Causation and prevention of malarial fevers: a statement of the results of researches drawn up for the use of assistant surgeons, hospital assistants and students
Disease focus: Malaria
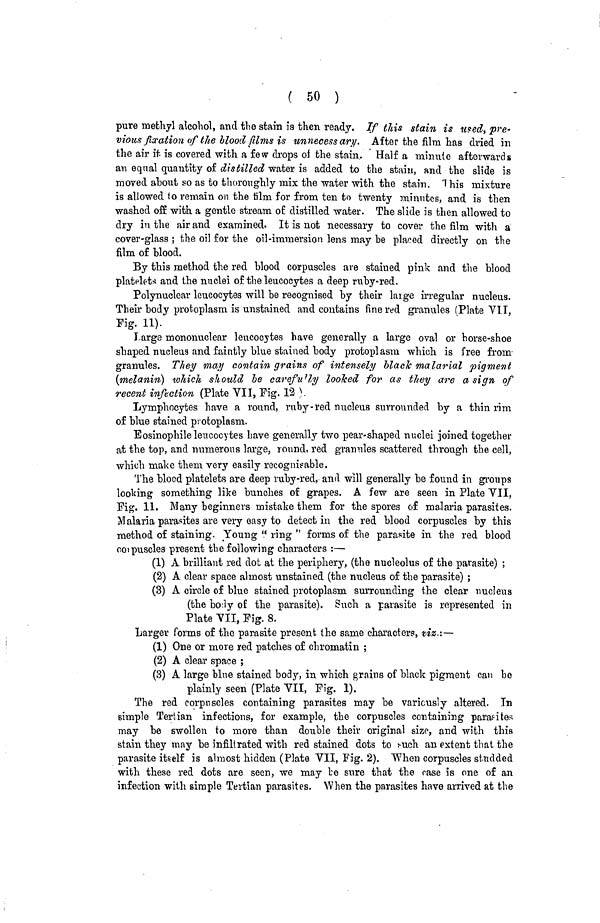
( 50 )
pure methyl alcohol, and the stain is then ready. If this stain is used, pre-
vious fixation of the Hood films is unnecess ary. After the film has dried in
the air it is covered with a few drops of the stain. Half a minute afterwards
an equal quantity of distilled water is added to the stain, and the slide is
moved about so as to thoroughly mix the water with the stain. This mixture
is allowed to remain on the film for from ten to twenty minutes, and is then
washed off with a gentle stream of distilled water. The slide is then allowed to
dry in the air and examined. It is not necessary to cover the film with a
cover-glass ; the oil for the oil-immersion lens may be placed directly on the
film of blood.
By this method the red blood corpuscles are stained pink and the blood
platelets and the nuclei of the leucocytes a deep ruby-red.
Polynuclear leucocytes will be recognised by their large irregular nucleus.
Their body protoplasm is unstained and contains fine red granules (Plate VII,
Fig. 11).
Large mononuclear leucocytes have generally a large oval or horse-shoe
shaped nucleus and faintly blue stained body protoplasm which is free from
granules. They may contain grains of intensely black malarial pigment
(melanin) which should be carefully looked for as they are a sign of
recent infection (Plate VII, Fig. 12 )
Lymphocytes have a round, ruby-red nucleus surrounded by a thin rim
of blue stained protoplasm.
Eosinophile leucocytes have generally two pear-shaped nuclei joined together
at the top, and numerous large, round, red granules scattered through the cell,
which make them very easily recognisable.
The blood platelets are deep ruby-red, and will generally be found in groups
looking something like bunches of grapes. A few are seen in Plate VII,
Fig. 11. Many beginners mistake them for the spores of malaria parasites.
Malaria parasites are very easy to detect in the red blood corpuscles by this
method of staining. Young " ring " forms of the parasite in the red blood
corpuscles present the following characters :—
(1) A brilliant red dot at the periphery, (the nucleolus of the parasite) ;
(2) A clear space almost unstained (the nucleus of the parasite) ;
(3) A circle of blue stained protoplasm surrounding the clear nucleus
(the boly of the parasite). Such a parasite is represented in
Plate VII, Fig. 8.
Larger forms of the parasite present the same characters, viz.:—
(1) One or more red patches of chromatin ;
(2) A clear space ;
(3) A large blue stained body, in which grains of black pigment can be
plainly seen (Plate VII, Fig. 1).
The red corpuscles containing parasites may be variously altered. In
simple Tertian infections, for example, the corpuscles containing parasites
may be swollen to more than double their original size, and with this
stain they may be infiltrated with red stained dots to such an extent that the
parasite itself is almost hidden (Plate VII, Fig. 2). When corpuscles studded
with these red dots are seen, we may be sure that the case is one of an
infection with simple Tertian parasites. When the parasites have arrived at the